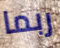
ربما